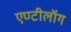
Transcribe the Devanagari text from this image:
एण्टीलॉग